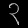
Digit: ၃